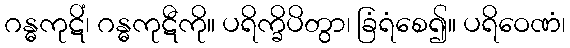
ဂန္ဓကုဋိံ၊ ဂန္ဓကုဋီကို။ ပရိက္ခိပိတွာ၊ ခြံရံစေ၍။ ပရိဝေဏံ၊